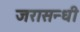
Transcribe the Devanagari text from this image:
जरासन्धी